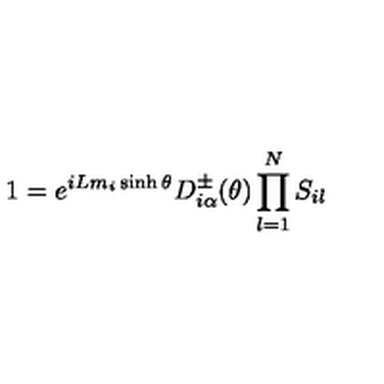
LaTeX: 1 = e ^ { i L m _ { i } \sinh \theta } D _ { i \alpha } ^ { \pm } ( \theta ) \prod _ { l = 1 } ^ { N } S _ { i l }